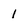
Character: 1